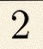
2